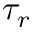
\tau _ { r }